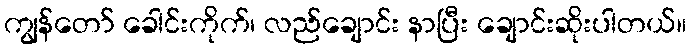
ကျွန်တော် ခေါင်းကိုက်၊ လည်ချောင်း နာပြီး ချောင်းဆိုးပါတယ်။